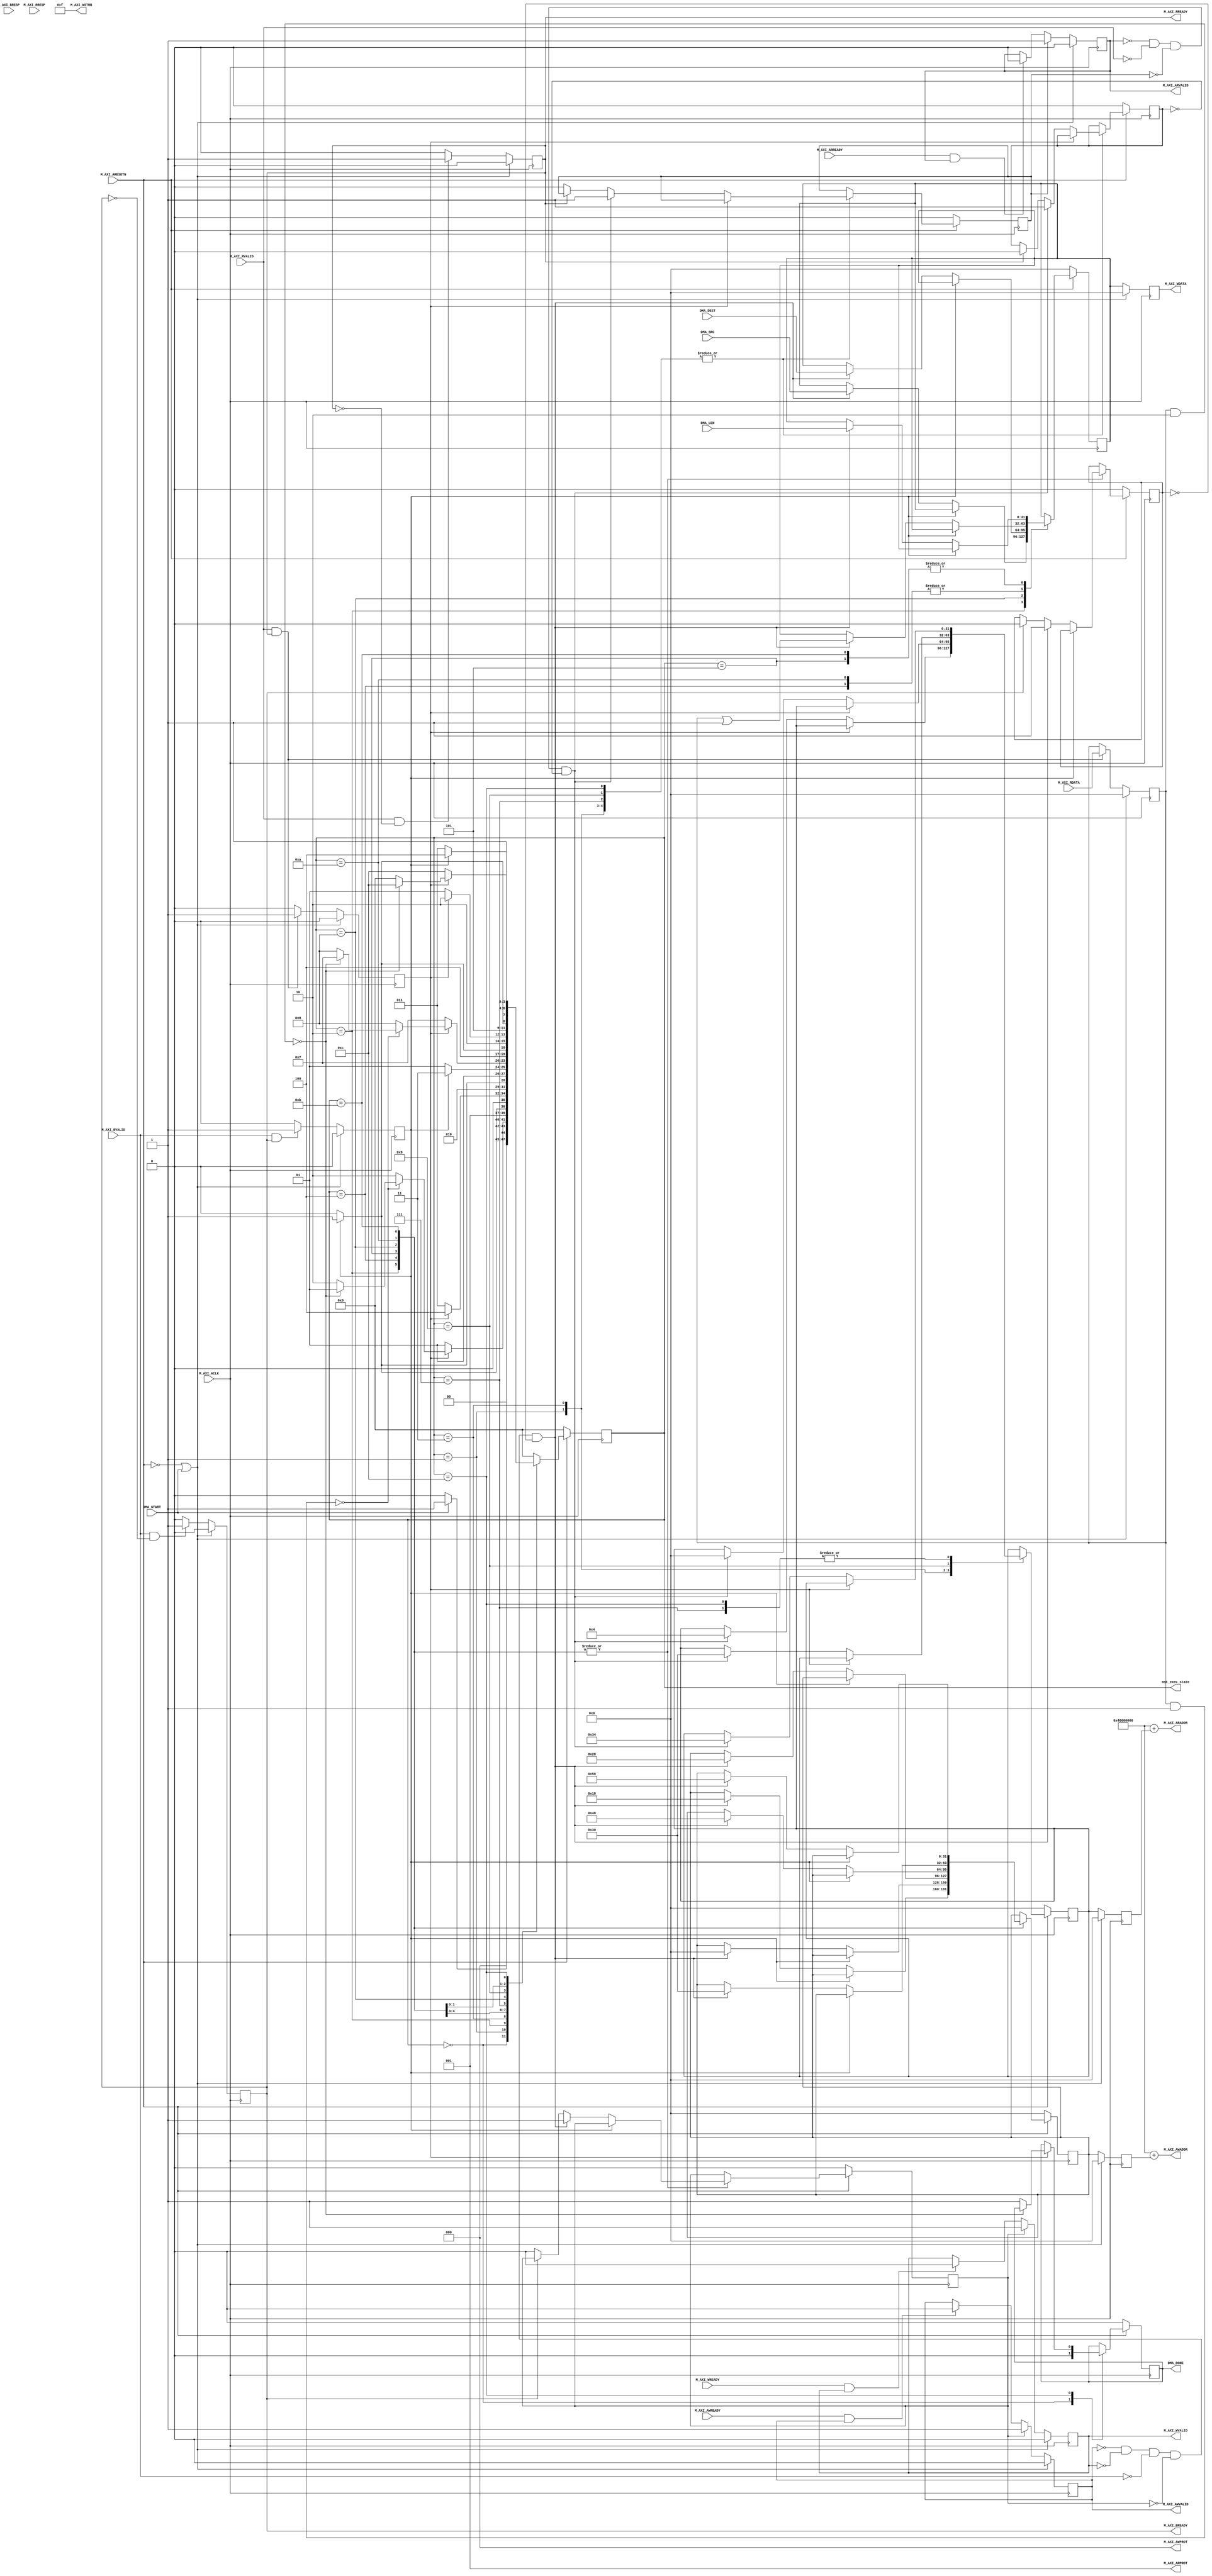
module dma_driver #
	(
		// Users to add parameters here

		// User parameters ends
		// Do not modify the parameters beyond this line

		// The master will start generating data from the C_M_START_DATA_VALUE value
		parameter  C_M_START_DATA_VALUE	= 32'hAA000000,
		// The master requires a target slave base address.
    // The master will initiate read and write transactions on the slave with base address specified here as a parameter.
		parameter  C_M_TARGET_SLAVE_BASE_ADDR	= 32'h40000000,
		// Width of M_AXI address bus. 
    // The master generates the read and write addresses of width specified as C_M_AXI_ADDR_WIDTH.
		parameter integer C_M_AXI_ADDR_WIDTH	= 32,
		// Width of M_AXI data bus. 
    // The master issues write data and accept read data where the width of the data bus is C_M_AXI_DATA_WIDTH
		parameter integer C_M_AXI_DATA_WIDTH	= 32,
		// Transaction number is the number of write 
    // and read transactions the master will perform as a part of this example memory test.
		parameter integer C_M_TRANSACTIONS_NUM	= 4
	)
	(
			// Users to add ports here
        input wire DMA_START,
        input wire [31:0] DMA_SRC,
        input wire [31:0] DMA_DEST,
        input wire [31:0] DMA_LEN,
        output reg DMA_DONE,
        output [3:0] mst_exec_state,
        // User ports ends
        // Do not modify the ports beyond this line


        // Asserts when ERROR is detected
        // Asserts when AXI transactions is complete
        // AXI clock signal
        input wire  M_AXI_ACLK,
        // AXI active low reset signal
        input wire  M_AXI_ARESETN,
        // Master Interface Write Address Channel ports. Write address (issued by master)
        output wire [C_M_AXI_ADDR_WIDTH-1 : 0] M_AXI_AWADDR,
        // Write channel Protection type.
    // This signal indicates the privilege and security level of the transaction,
    // and whether the transaction is a data access or an instruction access.
        output wire [2 : 0] M_AXI_AWPROT,
        // Write address valid. 
    // This signal indicates that the master signaling valid write address and control information.
        output wire  M_AXI_AWVALID,
        // Write address ready. 
    // This signal indicates that the slave is ready to accept an address and associated control signals.
        input wire  M_AXI_AWREADY,
        // Master Interface Write Data Channel ports. Write data (issued by master)
        output wire [C_M_AXI_DATA_WIDTH-1 : 0] M_AXI_WDATA,
        // Write strobes. 
    // This signal indicates which byte lanes hold valid data.
    // There is one write strobe bit for each eight bits of the write data bus.
        output wire [C_M_AXI_DATA_WIDTH/8-1 : 0] M_AXI_WSTRB,
        // Write valid. This signal indicates that valid write data and strobes are available.
        output wire  M_AXI_WVALID,
        // Write ready. This signal indicates that the slave can accept the write data.
        input wire  M_AXI_WREADY,
        // Master Interface Write Response Channel ports. 
    // This signal indicates the status of the write transaction.
        input wire [1 : 0] M_AXI_BRESP,
        // Write response valid. 
    // This signal indicates that the channel is signaling a valid write response
        input wire  M_AXI_BVALID,
        // Response ready. This signal indicates that the master can accept a write response.
        output wire  M_AXI_BREADY,
        // Master Interface Read Address Channel ports. Read address (issued by master)
        output wire [C_M_AXI_ADDR_WIDTH-1 : 0] M_AXI_ARADDR,
        // Protection type. 
    // This signal indicates the privilege and security level of the transaction, 
    // and whether the transaction is a data access or an instruction access.
        output wire [2 : 0] M_AXI_ARPROT,
        // Read address valid. 
    // This signal indicates that the channel is signaling valid read address and control information.
        output wire  M_AXI_ARVALID,
        // Read address ready. 
    // This signal indicates that the slave is ready to accept an address and associated control signals.
        input wire  M_AXI_ARREADY,
        // Master Interface Read Data Channel ports. Read data (issued by slave)
        input wire [C_M_AXI_DATA_WIDTH-1 : 0] M_AXI_RDATA,
        // Read response. This signal indicates the status of the read transfer.
        input wire [1 : 0] M_AXI_RRESP,
        // Read valid. This signal indicates that the channel is signaling the required read data.
        input wire  M_AXI_RVALID,
        // Read ready. This signal indicates that the master can accept the read data and response information.
        output wire  M_AXI_RREADY
    );

    // function called clogb2 that returns an integer which has the
    // value of the ceiling of the log base 2

     function integer clogb2 (input integer bit_depth);
         begin
         for(clogb2=0; bit_depth>0; clogb2=clogb2+1)
             bit_depth = bit_depth >> 1;
         end
     endfunction

    // TRANS_NUM_BITS is the width of the index counter for 
    // number of write or read transaction.
     localparam integer TRANS_NUM_BITS = clogb2(C_M_TRANSACTIONS_NUM-1);

    //DMA configuration parameters
     localparam XAXIDMA_TX_OFFSET  =  32'h00000000;
     localparam XAXIDMA_RX_OFFSET  =  32'h00000030;
     localparam XAXIDMA_CR_OFFSET  =  32'h00000000;
     localparam XAXIDMA_SR_OFFSET  =  32'h00000004;
     localparam XAXIDMA_SRCADDR_OFFSET    = 32'h00000018;
     localparam XAXIDMA_DESTADDR_OFFSET    = 32'h00000018;
     localparam XAXIDMA_CR_RUNSTOP_MASK    = 32'h00000001;
     localparam XAXIDMA_BUFFLEN_OFFSET    = 32'h00000028;
     localparam XAXIDMA_HALTED_MASK    =    32'h00000001;
     localparam XAXIDMA_IDLE_MASK    =    32'h00000002;
     localparam XAXIDMA_CR_RESET_MASK =    32'h00000004;


    /////////////////////////////////////////////


    // Example State machine to initialize counter, initialize write transactions, 
    // initialize read transactions and comparison of read data with the 
    // written data words.
    parameter [3:0] IDLE               = 4'b0000,
       //read dma MM-S
        INIT_CHECK_TX_STATUS           = 4'b0001,
        INIT_READ_SRC                  = 4'b0010, 
        UPDATE_READ_CR_1               = 4'b0011,
        UPDATE_READ_CR_2               = 4'b0100,
        INIT_READ_LEN                  = 4'b0101,
    //    WAIT_READ_COMPLETE             = 3'b110,
        //write dma S-MM
        INIT_CHECK_RX_STATUS           = 4'b0111,
        INIT_WRITE_DEST                = 4'b1000,
        UPDATE_WRITE_CR_1              = 4'b1001,
        UPDATE_WRITE_CR_2              = 4'b1010,
        INIT_WRITE_LEN                 = 4'b1011,
        WAIT_WRITE_COMPLETE            = 4'b1100,
        RESET_DMA               = 4'b1101        
        ;    

    reg [3:0] mst_exec_state;

    // AXI4LITE signals
    //write address valid
    reg      axi_awvalid;
    //write data valid
    reg      axi_wvalid;
    //read address valid
    reg      axi_arvalid;
    //read data acceptance
    reg      axi_rready;
    //write response acceptance
    reg      axi_bready;
    //write address
    reg [C_M_AXI_ADDR_WIDTH-1 : 0]     axi_awaddr;
    //write data
    reg [C_M_AXI_DATA_WIDTH-1 : 0]     axi_wdata;
    //read addresss
    reg [C_M_AXI_ADDR_WIDTH-1 : 0]     axi_araddr;
    //Asserts when there is a write response error
    wire      write_resp_error;
    //Asserts when there is a read response error
    wire      read_resp_error;
    //A pulse to initiate a write transaction
    reg      start_single_write;
    //A pulse to initiate a read transaction
    reg      start_single_read;
    //Asserts when a single beat write transaction is issued and remains asserted till the completion of write trasaction.
    reg      write_issued;
    //Asserts when a single beat read transaction is issued and remains asserted till the completion of read trasaction.
    reg      read_issued;
    //flag that marks the completion of write trasactions. The number of write transaction is user selected by the parameter C_M_TRANSACTIONS_NUM.
    reg      writes_done;
    //flag that marks the completion of read trasactions. The number of read transaction is user selected by the parameter C_M_TRANSACTIONS_NUM
    reg      reads_done;
    //The error register is asserted when any of the write response error, read response error or the data mismatch flags are asserted.
    reg      error_reg;
    //index counter to track the number of write transaction issued
    reg [TRANS_NUM_BITS : 0]     write_index;
    //index counter to track the number of read transaction issued
    reg [TRANS_NUM_BITS : 0]     read_index;
    //Expected read data used to compare with the read data.
    reg [C_M_AXI_DATA_WIDTH-1 : 0]     expected_rdata;

    //This flag is asserted when there is a mismatch of the read data with the expected read data.
    reg      read_mismatch;
    //Flag is asserted when the write index reaches the last write transction number
    reg      last_write;
    //Flag is asserted when the read index reaches the last read transction number
    reg      last_read;

    wire      init_txn_pulse;


    // I/O Connections assignments

    //Adding the offset address to the base addr of the slave
    assign M_AXI_AWADDR    = C_M_TARGET_SLAVE_BASE_ADDR + axi_awaddr;
    //AXI 4 write data
    assign M_AXI_WDATA    = axi_wdata;
    assign M_AXI_AWPROT    = 3'b000;
    assign M_AXI_AWVALID    = axi_awvalid;
    //Write Data(W)
    assign M_AXI_WVALID    = axi_wvalid;
    //Set all byte strobes in this example
    assign M_AXI_WSTRB    = 4'b1111;
    //Write Response (B)
    assign M_AXI_BREADY    = axi_bready;
    //Read Address (AR)
    assign M_AXI_ARADDR    = C_M_TARGET_SLAVE_BASE_ADDR + axi_araddr;
    assign M_AXI_ARVALID    = axi_arvalid;
    assign M_AXI_ARPROT    = 3'b001;
    //Read and Read Response (R)
    assign M_AXI_RREADY    = axi_rready;
    //Example design I/O
    assign init_txn_pulse    = DMA_START;


  


    //--------------------
    //Write Address Channel
    //--------------------

    // The purpose of the write address channel is to request the address and 
    // command information for the entire transaction.  It is a single beat
    // of information.

    // Note for this example the axi_awvalid/axi_wvalid are asserted at the same
    // time, and then each is deasserted independent from each other.
    // This is a lower-performance, but simplier control scheme.

    // AXI VALID signals must be held active until accepted by the partner.

    // A data transfer is accepted by the slave when a master has
    // VALID data and the slave acknoledges it is also READY. While the master
    // is allowed to generated multiple, back-to-back requests by not 
    // deasserting VALID, this design will add rest cycle for
    // simplicity.

    // Since only one outstanding transaction is issued by the user design,
    // there will not be a collision between a new request and an accepted
    // request on the same clock cycle. 

      always @(posedge M_AXI_ACLK)                                              
      begin                                                                        
        //Only VALID signals must be deasserted during reset per AXI spec          
        //Consider inverting then registering active-low reset for higher fmax     
        if (M_AXI_ARESETN == 0 || init_txn_pulse == 1'b1)                                                   
          begin                                                                    
            axi_awvalid <= 1'b0;                                                   
          end                                                                      
          //Signal a new address/data command is available by user logic           
        else                                                                       
          begin                                                                    
            if (start_single_write)                                                
              begin                                                                
                axi_awvalid <= 1'b1;                                               
              end                                                                  
         //Address accepted by interconnect/slave (issue of M_AXI_AWREADY by slave)
            else if (M_AXI_AWREADY && axi_awvalid)                                 
              begin                                                                
                axi_awvalid <= 1'b0;                                               
              end                                                                  
          end                                                                      
      end                                                                          
                                                                                   
                                                                                   
      // start_single_write triggers a new write                                   
      // transaction. write_index is a counter to                                  
      // keep track with number of write transaction                               
      // issued/initiated                                                          
      always @(posedge M_AXI_ACLK)                                                 
      begin                                                                        
        if (M_AXI_ARESETN == 0 || init_txn_pulse == 1'b1)                                                   
          begin                                                                    
            write_index <= 0;                                                      
          end                                                                      
          // Signals a new write address/ write data is                            
          // available by user logic                                               
        else if (start_single_write)                                               
          begin                                                                    
            write_index <= write_index + 1;                                        
          end                                                                      
      end                                                                          


    //--------------------
    //Write Data Channel
    //--------------------

    //The write data channel is for transfering the actual data.
    //The data generation is speific to the example design, and 
    //so only the WVALID/WREADY handshake is shown here

       always @(posedge M_AXI_ACLK)                                        
       begin                                                                         
         if (M_AXI_ARESETN == 0  || init_txn_pulse == 1'b1)                                                    
           begin                                                                     
             axi_wvalid <= 1'b0;                                                     
           end                                                                       
         //Signal a new address/data command is available by user logic              
         else if (start_single_write)                                                
           begin                                                                     
             axi_wvalid <= 1'b1;                                                     
           end                                                                       
         //Data accepted by interconnect/slave (issue of M_AXI_WREADY by slave)      
         else if (M_AXI_WREADY && axi_wvalid)                                        
           begin                                                                     
            axi_wvalid <= 1'b0;                                                      
           end                                                                       
       end                                                                           


    //----------------------------
    //Write Response (B) Channel
    //----------------------------

    //The write response channel provides feedback that the write has committed
    //to memory. BREADY will occur after both the data and the write address
    //has arrived and been accepted by the slave, and can guarantee that no
    //other accesses launched afterwards will be able to be reordered before it.

    //The BRESP bit [1] is used indicate any errors from the interconnect or
    //slave for the entire write burst. This example will capture the error.

    //While not necessary per spec, it is advisable to reset READY signals in
    //case of differing reset latencies between master/slave.

      always @(posedge M_AXI_ACLK)                                    
      begin                                                                
        if (M_AXI_ARESETN == 0 || init_txn_pulse == 1'b1)                                           
          begin                                                            
            axi_bready <= 1'b0;                                            
          end                                                              
        // accept/acknowledge bresp with axi_bready by the master          
        // when M_AXI_BVALID is asserted by slave                          
        else if (M_AXI_BVALID && ~axi_bready)                              
          begin                                                            
            axi_bready <= 1'b1;                                            
          end                                                              
        // deassert after one clock cycle                                  
        else if (axi_bready)                                               
          begin                                                            
            axi_bready <= 1'b0;                                            
          end                                                              
        // retain the previous value                                       
        else                                                               
          axi_bready <= axi_bready;                                        
      end                                                                  
                                                                           
    //Flag write errors                                                    
    assign write_resp_error = (axi_bready & M_AXI_BVALID & M_AXI_BRESP[1]);


    //----------------------------
    //Read Address Channel
    //----------------------------

    //start_single_read triggers a new read transaction. read_index is a counter to
    //keep track with number of read transaction issued/initiated

      always @(posedge M_AXI_ACLK)                                                     
      begin                                                                            
        if (M_AXI_ARESETN == 0 || init_txn_pulse == 1'b1)                                                       
          begin                                                                        
            read_index <= 0;                                                           
          end                                                                          
        // Signals a new read address is                                               
        // available by user logic                                                     
        else if (start_single_read)                                                    
          begin                                                                        
            read_index <= read_index + 1;                                              
          end                                                                          
      end                                                                              
                                                                                       
      // A new axi_arvalid is asserted when there is a valid read address              
      // available by the master. start_single_read triggers a new read                
      // transaction                                                                   
      always @(posedge M_AXI_ACLK)                                                     
      begin                                                                            
        if (M_AXI_ARESETN == 0 || init_txn_pulse == 1'b1)                                                       
          begin                                                                        
            axi_arvalid <= 1'b0;                                                       
          end                                                                          
        //Signal a new read address command is available by user logic                 
        else if (start_single_read)                                                    
          begin                                                                        
            axi_arvalid <= 1'b1;                                                       
          end                                                                          
        //RAddress accepted by interconnect/slave (issue of M_AXI_ARREADY by slave)    
        else if (M_AXI_ARREADY && axi_arvalid)                                         
          begin                                                                        
            axi_arvalid <= 1'b0;                                                       
          end                                                                          
        // retain the previous value                                                   
      end                                                                              


    //--------------------------------
    //Read Data (and Response) Channel
    //--------------------------------

    //The Read Data channel returns the results of the read request 
    //The master will accept the read data by asserting axi_rready
    //when there is a valid read data available.
    //While not necessary per spec, it is advisable to reset READY signals in
    //case of differing reset latencies between master/slave.

      always @(posedge M_AXI_ACLK)                                    
      begin                                                                 
        if (M_AXI_ARESETN == 0 || init_txn_pulse == 1'b1)                                            
          begin                                                             
            axi_rready <= 1'b0;                                             
          end                                                               
        // accept/acknowledge rdata/rresp with axi_rready by the master     
        // when M_AXI_RVALID is asserted by slave                           
        else if (M_AXI_RVALID && ~axi_rready)                               
          begin                                                             
            axi_rready <= 1'b1;                                             
          end                                                               
        // deassert after one clock cycle                                   
        else if (axi_rready)                                                
          begin                                                             
            axi_rready <= 1'b0;                                             
          end                                                               
        // retain the previous value                                        
      end                                                                   
                                                                            
    //Flag write errors                                                     
    assign read_resp_error = (axi_rready & M_AXI_RVALID & M_AXI_RRESP[1]);  


    //--------------------------------
    //User Logic
    //--------------------------------

    //Address/Data Stimulus
    reg [31:0] waddr;
    reg [31:0] wdata;
    reg [31:0] raddr;
    reg [31:0] rdata;
    //Address/data pairs for this example. The read and write values should
    //match.
    //Modify these as desired for different address patterns.

      //Write Addresses                                        
      always @(posedge M_AXI_ACLK)                                  
          begin                                                     
            if (M_AXI_ARESETN == 0  || init_txn_pulse == 1'b1)                                
              begin                                                 
                axi_awaddr <= 0;                                    
              end                                                   
              // Signals a new write address/ write data is         
              // available by user logic                            
            else //if (M_AXI_AWREADY && axi_awvalid)                  
              begin                                                 
                axi_awaddr <= waddr;//axi_awaddr + 32'h00000004;            
                                                                    
              end                                                   
          end                                                       
                                                                    
      // Write data generation                                      
      always @(posedge M_AXI_ACLK)                                  
          begin                                                     
            if (M_AXI_ARESETN == 0 || init_txn_pulse == 1'b1 )                                
              begin                                                 
                axi_wdata <= 32'd0;//C_M_START_DATA_VALUE;                  
              end                                                   
            // Signals a new write address/ write data is           
            // available by user logic                              
            else //if (M_AXI_WREADY && axi_wvalid)                    
              begin                                                 
                axi_wdata <= wdata;//C_M_START_DATA_VALUE + write_index;    
              end                                                   
            end                                                     
                                                                    
      //Read Addresses                                              
      always @(posedge M_AXI_ACLK)                                  
          begin                                                     
            if (M_AXI_ARESETN == 0  || init_txn_pulse == 1'b1)                                
              begin                                                 
                axi_araddr <= 0;                                    
              end                                                   
              // Signals a new write address/ write data is         
              // available by user logic                            
            else //if (M_AXI_ARREADY && axi_arvalid)                  
              begin                                                 
                axi_araddr <= raddr;//axi_araddr + 32'h00000004;            
              end                                                   
          end                                                       
                                                                    
                                                                    
                                                                    
      always @(posedge M_AXI_ACLK)                                  
          begin                                                     
            if (M_AXI_ARESETN == 0  || init_txn_pulse == 1'b1)                                
              begin                                                 
                expected_rdata <= C_M_START_DATA_VALUE;             
              end                                                   
              // Signals a new write address/ write data is         
              // available by user logic                            
            else if (M_AXI_RVALID && axi_rready)                    
              begin                                                 
                expected_rdata <= C_M_START_DATA_VALUE + read_index;
              end                                                   
          end                                            
    /*            //read dma MM-S
                  INIT_CHECK_TX_STATUS           = 4'b0001,
                  INIT_READ_SRC                  = 4'b0010, 
                  UPDATE_READ_CR_1               = 4'b0011,
                  UPDATE_READ_CR_2               = 4'b0100,
                  INIT_READ_LEN                  = 4'b0101,
              //    WAIT_READ_COMPLETE             = 3'b110,
                  //write dma S-MM
                  INIT_CHECK_RX_STATUS           = 4'b0111,
                  INIT_WRITE_DEST                = 4'b1000,
                  UPDATE_WRITE_CR_1              = 4'b1001,
                  UPDATE_WRITE_CR_2              = 4'b1010,
                  INIT_WRITE_LEN                 = 4'b1011,
                  WAIT_WRITE_COMPLETE            = 4'b1100            */
      //implement MM-steam command interface state machine                         
      always @ ( posedge M_AXI_ACLK)                                                    
      begin                                                                             
        if (M_AXI_ARESETN == 1'b0)                                                     
          begin                                                                         
          // reset condition                                                            
          // All the signals are assigned default values under reset condition          
            mst_exec_state  <= IDLE;                                            
            start_single_write <= 1'b0;                                                 
            write_issued  <= 1'b0;           
            waddr <= 32'd0;        
            raddr <= 32'd0;       
            wdata <=32'd0;  
        DMA_DONE <= 1'b0;        
            start_single_read  <= 1'b0;                                                 
            read_issued   <= 1'b0;   
          end                                                                           
        else                                                                            
          begin                                                                         
           // state transition                                                          
            case (mst_exec_state)                                                       
                                                                                        
              IDLE:                                                             
              // This state is responsible to initiate 
              // AXI transaction when init_txn_pulse is asserted 
              begin
                DMA_DONE <= 1'b0;
                if ( init_txn_pulse == 1'b1 )                                     
                  begin                                                                 
                    mst_exec_state  <= INIT_CHECK_TX_STATUS;        
                  end                                                                   
                else                                                                    
                  begin                                                                 
                    mst_exec_state  <= IDLE;                                                        
                  end           
               end                  
               INIT_CHECK_TX_STATUS:                                                                
                    // This state is responsible to issue start_single_read pulse to        
                    // initiate a read transaction. Read transactions will be               
                    // issued until last_read signal is asserted.                           
                    // read controller                                                     
                     if (reads_done)                                                        
                       begin               
                         if(!(rdata & XAXIDMA_HALTED_MASK))                                                 
                            begin                                   
                            if(!(rdata & XAXIDMA_IDLE_MASK))            
                                mst_exec_state <= INIT_CHECK_TX_STATUS;  
                            else
                                mst_exec_state <= INIT_READ_SRC;
                            end  
                         else
                           mst_exec_state <= INIT_READ_SRC;                                    
                       end                                                                  
                     else                                                                   
                       begin                                                                
                         mst_exec_state  <= INIT_CHECK_TX_STATUS;                                      
                                                                                            
                         if (~axi_arvalid && ~M_AXI_RVALID && ~start_single_read && ~read_issued)
                           begin                                                            
                             start_single_read <= 1'b1;                                     
                             read_issued  <= 1'b1;       
                             raddr <= XAXIDMA_TX_OFFSET + XAXIDMA_SR_OFFSET;                                  
                           end                                                              
                         else if (axi_rready)                                               
                           begin                                                            
                             read_issued  <= 1'b0;                                          
                           end                                                              
                         else                                                               
                           begin                                                            
                             start_single_read <= 1'b0; //Negate to generate a pulse        
                           end                                                              
                       end                                                                
              INIT_READ_SRC:                                                               
                     // This state is responsible to issue start_single_write pulse to       
                   // initiate a write transaction. Write transactions will be             
                   // issued until last_write signal is asserted.                          
                   // write controller                                                     
                   if (writes_done)                                                        
                   begin                                                                 
                       mst_exec_state <= UPDATE_READ_CR_1;//                                      
                     end                                                                   
                   else                                                                    
                     begin                                                                 
                       mst_exec_state  <= INIT_READ_SRC;                                      
                                                                                           
                       if (~axi_awvalid && ~axi_wvalid && ~M_AXI_BVALID &&  ~start_single_write && ~write_issued)
                         begin                                                           
                           start_single_write <= 1'b1;                                   
                           write_issued  <= 1'b1;             
                           waddr <=  XAXIDMA_TX_OFFSET + XAXIDMA_SRCADDR_OFFSET;     
                           wdata <= DMA_SRC;
                         end                                                             
                       else if (axi_bready)                                              
                         begin                                                           
                           write_issued  <= 1'b0;                                        
                         end                                                             
                       else                                                              
                         begin                                                           
                           start_single_write <= 1'b0; //Negate to generate a pulse      
                         end                                                             
                    end                                                                   
                                                                                                                                                                                  
               UPDATE_READ_CR_1:                                                                
                   // This state is responsible to issue start_single_read pulse to        
                   // initiate a read transaction. Read transactions will be               
                   // issued until last_read signal is asserted.                           
                    // read controller                                                     
                    if (reads_done)                                                        
                      begin                                                                                                                                  
                          mst_exec_state <= UPDATE_READ_CR_2;                                   
                      end                                                                  
                    else                                                                   
                      begin                                                                
                        mst_exec_state  <= UPDATE_READ_CR_1;                                      
                                                                                           
                        if (~axi_arvalid && ~M_AXI_RVALID && ~start_single_read && ~read_issued)
                          begin                                                            
                            start_single_read <= 1'b1;                                     
                            read_issued  <= 1'b1;       
                            raddr <= XAXIDMA_TX_OFFSET + XAXIDMA_CR_OFFSET;                                  
                          end                                                              
                        else if (axi_rready)                                               
                          begin                                                            
                            read_issued  <= 1'b0;                                          
                          end                                                              
                        else                                                               
                          begin                                                            
                            start_single_read <= 1'b0; //Negate to generate a pulse        
                          end                                                              
                      end        
                    UPDATE_READ_CR_2:                                                               
                    // This state is responsible to issue start_single_write pulse to       
                    // initiate a write transaction. Write transactions will be             
                    // issued until last_write signal is asserted.                          
                    // write controller                                                     
                    if (writes_done)                                                        
                      begin                                                                 
                        mst_exec_state <= INIT_READ_LEN;//                                      
                      end                                                                   
                    else                                                                    
                      begin                                                                 
                        mst_exec_state  <= UPDATE_READ_CR_2;                                      
                                                                                            
                        if (~axi_awvalid && ~axi_wvalid && ~M_AXI_BVALID &&  ~start_single_write && ~write_issued)
                          begin                                                           
                            start_single_write <= 1'b1;                                   
                            write_issued  <= 1'b1;             
                            waddr <=  XAXIDMA_TX_OFFSET + XAXIDMA_CR_OFFSET;;     
                            wdata <= rdata | XAXIDMA_CR_RUNSTOP_MASK;
                          end                                                             
                        else if (axi_bready)                                              
                          begin                                                           
                            write_issued  <= 1'b0;                                        
                          end                                                             
                        else                                                              
                          begin                                                           
                            start_single_write <= 1'b0; //Negate to generate a pulse      
                          end                                                             
                      end      
               INIT_READ_LEN:                                                               
                    // This state is responsible to issue start_single_write pulse to       
                    // initiate a write transaction. Write transactions will be             
                    // issued until last_write signal is asserted.                          
                    // write controller                                                     
                    if (writes_done)                                                        
                      begin                                                                 
                        mst_exec_state <= INIT_CHECK_RX_STATUS;//                                      
                      end                                                                   
                    else                                                                    
                      begin                                                                 
                        mst_exec_state  <= INIT_READ_LEN;                                      
                                                                                            
                        if (~axi_awvalid && ~axi_wvalid && ~M_AXI_BVALID &&  ~start_single_write && ~write_issued)
                          begin                                                           
                            start_single_write <= 1'b1;                                   
                            write_issued  <= 1'b1;             
                            waddr <=  XAXIDMA_TX_OFFSET + XAXIDMA_BUFFLEN_OFFSET;;     
                            wdata <= DMA_LEN;
                          end                                                             
                        else if (axi_bready)                                              
                          begin                                                           
                            write_issued  <= 1'b0;                                        
                          end                                                             
                        else                                                              
                          begin                                                           
                            start_single_write <= 1'b0; //Negate to generate a pulse      
                          end                                                             
                      end      
            INIT_CHECK_RX_STATUS:                                    
                     if (reads_done)                                                        
                       begin               
                         if(!(rdata & XAXIDMA_HALTED_MASK))                                                 
                           begin         
                               if(!(rdata & XAXIDMA_IDLE_MASK))            
                                   mst_exec_state <= INIT_CHECK_RX_STATUS;  
                               else
                                   mst_exec_state <= INIT_WRITE_DEST;                           
                           end    
                         else
                           mst_exec_state <= INIT_WRITE_DEST;                                    
                       end                                                                  
                     else                                                                   
                       begin                                                                
                         mst_exec_state  <= INIT_CHECK_RX_STATUS;                                      
                                                                                            
                         if (~axi_arvalid && ~M_AXI_RVALID && ~start_single_read && ~read_issued)
                           begin                                                            
                             start_single_read <= 1'b1;                                     
                             read_issued  <= 1'b1;       
                             raddr <= XAXIDMA_RX_OFFSET + XAXIDMA_SR_OFFSET;                                  
                           end                                                              
                         else if (axi_rready)                                               
                           begin                                                            
                             read_issued  <= 1'b0;                                          
                           end                                                              
                         else                                                               
                           begin                                                            
                             start_single_read <= 1'b0; //Negate to generate a pulse        
                           end                                                              
                       end    
            INIT_WRITE_DEST:                                                     
                   if (writes_done)                                                        
                   begin                                                                 
                       mst_exec_state <= UPDATE_WRITE_CR_1;//                                      
                     end                                                                   
                   else                                                                    
                     begin                                                                 
                       mst_exec_state  <= INIT_WRITE_DEST;                                      
                                                                                           
                       if (~axi_awvalid && ~axi_wvalid && ~M_AXI_BVALID &&  ~start_single_write && ~write_issued)
                         begin                                                           
                           start_single_write <= 1'b1;                                   
                           write_issued  <= 1'b1;             
                           waddr <=  XAXIDMA_RX_OFFSET + XAXIDMA_DESTADDR_OFFSET;     
                           wdata <= DMA_DEST;
                         end                                                              
                       else if (axi_bready)                                              
                         begin                                                           
                           write_issued  <= 1'b0;                                        
                         end                                                             
                       else                                                              
                         begin                                                           
                           start_single_write <= 1'b0; //Negate to generate a pulse      
                         end                                                             
                    end    
           UPDATE_WRITE_CR_1:                                                                
                   // This state is responsible to issue start_single_read pulse to        
                   // initiate a read transaction. Read transactions will be               
                   // issued until last_read signal is asserted.                           
                    // read controller                                                     
                    if (reads_done)                                                        
                      begin                                                                                                                                  
                          mst_exec_state <= UPDATE_WRITE_CR_2;                                   
                      end                                                                  
                    else                                                                   
                      begin                                                                
                        mst_exec_state  <= UPDATE_WRITE_CR_1;                                      
                                                                                           
                        if (~axi_arvalid && ~M_AXI_RVALID && ~start_single_read && ~read_issued)
                          begin                                                            
                            start_single_read <= 1'b1;                                     
                            read_issued  <= 1'b1;       
                            raddr <=  XAXIDMA_RX_OFFSET + XAXIDMA_CR_OFFSET;                                  
                          end                                                              
                        else if (axi_rready)                                               
                          begin                                                            
                            read_issued  <= 1'b0;                                          
                          end                                                              
                        else                                                               
                          begin                                                            
                            start_single_read <= 1'b0; //Negate to generate a pulse        
                          end                                                              
                      end        
                    UPDATE_WRITE_CR_2:                                                               
                    // This state is responsible to issue start_single_write pulse to       
                    // initiate a write transaction. Write transactions will be             
                    // issued until last_write signal is asserted.                          
                    // write controller                                                     
                    if (writes_done)                                                        
                      begin                                                                 
                        mst_exec_state <= INIT_WRITE_LEN;//                                      
                      end                                                                   
                    else                                                                    
                      begin                                                                 
                        mst_exec_state  <= UPDATE_WRITE_CR_2;                                      
                                                                                            
                        if (~axi_awvalid && ~axi_wvalid && ~M_AXI_BVALID &&  ~start_single_write && ~write_issued)
                          begin                                                           
                            start_single_write <= 1'b1;                                   
                            write_issued  <= 1'b1;             
                            waddr <=  XAXIDMA_RX_OFFSET + XAXIDMA_CR_OFFSET;     
                            wdata <= rdata | XAXIDMA_CR_RUNSTOP_MASK;
                          end                                                             
                        else if (axi_bready)                                              
                          begin                                                           
                            write_issued  <= 1'b0;                                        
                          end                                                             
                        else                                                              
                          begin                                                           
                            start_single_write <= 1'b0; //Negate to generate a pulse      
                          end                                                             
                      end      
            INIT_WRITE_LEN:                                                              
                    if (writes_done)                                                        
                      begin                                                                 
                        mst_exec_state <= WAIT_WRITE_COMPLETE;//                                      
                      end                                                                   
                    else                                                                    
                      begin                                                                 
                        mst_exec_state  <= INIT_WRITE_LEN;                                      
                                                                                            
                        if (~axi_awvalid && ~axi_wvalid && ~M_AXI_BVALID &&  ~start_single_write && ~write_issued)
                          begin                                                           
                            start_single_write <= 1'b1;                                   
                            write_issued  <= 1'b1;             
                            waddr <=  XAXIDMA_RX_OFFSET + XAXIDMA_BUFFLEN_OFFSET;     
                            wdata <= DMA_LEN;
                          end                                                             
                        else if (axi_bready)                                              
                          begin                                                           
                            write_issued  <= 1'b0;                                        
                          end                                                             
                        else                                                              
                          begin                                                           
                            start_single_write <= 1'b0; //Negate to generate a pulse      
                          end                                                             
                      end      
            WAIT_WRITE_COMPLETE:                                                         
                     if (reads_done)                                                        
                       begin               
                         if(!(rdata & XAXIDMA_IDLE_MASK))                                                 
                           mst_exec_state <= WAIT_WRITE_COMPLETE;  
                         else
                         begin
                              	mst_exec_state <= IDLE;   
                                DMA_DONE <= 1'b1;
                             
                         end               
                       end                                                                  
                     else                                                                   
                       begin                                                                
                         mst_exec_state  <= WAIT_WRITE_COMPLETE;                                      
                                                                                            
                         if (~axi_arvalid && ~M_AXI_RVALID && ~start_single_read && ~read_issued)
                           begin                                                            
                             start_single_read <= 1'b1;                                     
                             read_issued  <= 1'b1;       
                             raddr <= XAXIDMA_RX_OFFSET + XAXIDMA_SR_OFFSET;                                  
                           end                                                              
                         else if (axi_rready)                                               
                           begin                                                            
                             read_issued  <= 1'b0;                                          
                           end                                                              
                         else                                                               
                           begin                                                            
                             start_single_read <= 1'b0; //Negate to generate a pulse        
                           end                                                              
                       end  

          /*    RESET_DMA:                                                               
                    // This state is responsible to issue start_single_write pulse to       
                    // initiate a write transaction. Write transactions will be             
                    // issued until last_write signal is asserted.                          
                    // write controller                                                     
                    if (writes_done)                                                        
                      begin                                                                 
                        mst_exec_state <= IDLE;//   
                        DMA_DONE <= 1'b1;                                   
                      end                                                                   
                    else                                                                    
                      begin                                                                 
                        mst_exec_state  <= RESET_DMA;                                      
                                                                                            
                    if (~axi_awvalid && ~axi_wvalid && ~M_AXI_BVALID &&  ~start_single_write && ~write_issued)
                          begin                                                           
                            start_single_write <= 1'b1;                                   
                            write_issued  <= 1'b1;             
                            waddr <=  XAXIDMA_TX_OFFSET + XAXIDMA_CR_OFFSET;     
                            wdata <=  XAXIDMA_CR_RESET_MASK;
                          end                                                             
                        else if (axi_bready)                                              
                          begin                                                           
                            write_issued  <= 1'b0;                                        
                          end                                                             
                        else                                                              
                          begin                                                           
                            start_single_write <= 1'b0; //Negate to generate a pulse      
                          end                                                             
                          end        */
               default :                                                                
                 begin                                                                  
                   mst_exec_state  <= IDLE;                                     
                 end                                                                    
            endcase                                                                     
        end                                                                             
      end //MASTER_EXECUTION_PROC          
      
                                                                 
      //Terminal write count                                                            
                                                                                        
      always @(posedge M_AXI_ACLK)                                                      
      begin                                                                             
        if (M_AXI_ARESETN == 0 || init_txn_pulse == 1'b1)                                                         
          last_write <= 1'b0;                                                           
                                                                                        
        //The last write should be associated with a write address ready response       
        else if ((write_index == C_M_TRANSACTIONS_NUM) && M_AXI_AWREADY)                
          last_write <= 1'b1;                                                           
        else                                                                            
          last_write <= last_write;                                                     
      end                                                                               
                                                                                        
      //Check for last write completion.                                                
                                                                                        
      //This logic is to qualify the last write count with the final write              
      //response. This demonstrates how to confirm that a write has been                
      //committed.                                                                      
                                                                                        
      always @(posedge M_AXI_ACLK)                                                      
      begin                                                                             
        if (M_AXI_ARESETN == 0 || init_txn_pulse == 1'b1)                                                         
          writes_done <= 1'b0;                                                          
                                                                                        
          //The writes_done should be associated with a bready response                 
        //else if (last_write && M_AXI_BVALID && axi_bready) 
        else if (M_AXI_BVALID && axi_bready)                              
          writes_done <= 1'b1;                                                          
        else                                                                            
          writes_done <= 1'b0;//writes_done;                                                   
      end                                                                               
                                                                                        
    //------------------                                                                
    //Read example                                                                      
    //------------------                                                                
                                                                                        
    //Terminal Read Count                                                               
                                                                                        
      always @(posedge M_AXI_ACLK)                                                      
      begin                                                                             
        if (M_AXI_ARESETN == 0 || init_txn_pulse == 1'b1)                                                         
          last_read <= 1'b0;                                                            
                                                                                        
        //The last read should be associated with a read address ready response         
        else if ((read_index == C_M_TRANSACTIONS_NUM) && (M_AXI_ARREADY) )              
          last_read <= 1'b1;                                                            
        else                                                                            
          last_read <= last_read;                                                       
      end                                                                               
                                                                                        
    /*                                                                                  
     Check for last read completion.                                                    
                                                                                        
     This logic is to qualify the last read count with the final read                   
     response/data.                                                                     
     */                                                                                 
      always @(posedge M_AXI_ACLK)                                                      
      begin                                                                             
        if (M_AXI_ARESETN == 0 || init_txn_pulse == 1'b1)begin                                                         
          reads_done <= 1'b0;                                                           
          rdata <= 32'd0;        
          end                                                                         
        //The reads_done should be associated with a read ready response                
        //else if (last_read && M_AXI_RVALID && axi_rready)                               
        else if (M_AXI_RVALID && axi_rready) begin                            
          reads_done <= 1'b1;   
          rdata <=  M_AXI_RDATA;
          end                                                       
        else                                                                            
          reads_done <= 1'b0;//reads_done;                                                     
        end                                                                             
                                                                                        
    //-----------------------------                                                     
    //Example design error register                                                     
    //-----------------------------                                                     
                                                                                        
    //Data Comparison                                                                   
      always @(posedge M_AXI_ACLK)                                                      
      begin                                                                             
        if (M_AXI_ARESETN == 0  || init_txn_pulse == 1'b1)                                                         
        read_mismatch <= 1'b0;                                                          
                                                                                        
        //The read data when available (on axi_rready) is compared with the expected data
        else if ((M_AXI_RVALID && axi_rready) && (M_AXI_RDATA != expected_rdata))         
          read_mismatch <= 1'b1;                                                        
        else                                                                            
          read_mismatch <= read_mismatch;                                               
      end                                                                               
                                                                                        
    // Register and hold any data mismatches, or read/write interface errors            
      always @(posedge M_AXI_ACLK)                                                      
      begin                                                                             
        if (M_AXI_ARESETN == 0  || init_txn_pulse == 1'b1)                                                         
          error_reg <= 1'b0;                                                            
                                                                                        
        //Capture any error types                                                       
        else if (read_mismatch || write_resp_error || read_resp_error)                  
          error_reg <= 1'b1;                                                            
        else                                                                            
          error_reg <= error_reg;                                                       
      end                                                                               
    // Add user logic here

    // User logic ends
	endmodule